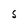
Character: S